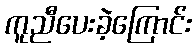
ကူညီပေးခဲ့ကြောင်း